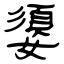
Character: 嬃